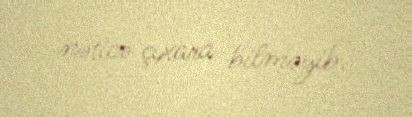
nəticə çıxara bilməyib.